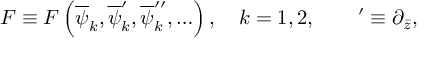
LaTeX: { \cal F } \equiv { \cal F } \left( \overline { { \psi } } _ { k } , \overline { { \psi } } _ { k } ^ { \prime } , \overline { { \psi } } _ { k } ^ { \prime \prime } , \ldots \right) , \quad k = 1 , 2 , \qquad ^ { \prime } \equiv \partial _ { \bar { z } } ,